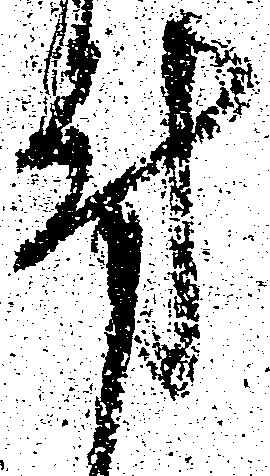
付